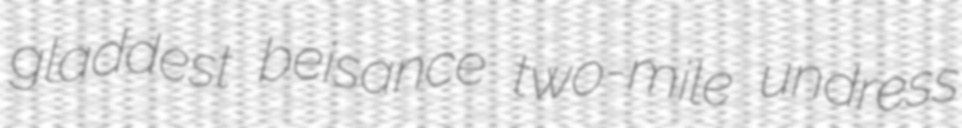
gladdest beisance two-mile undress